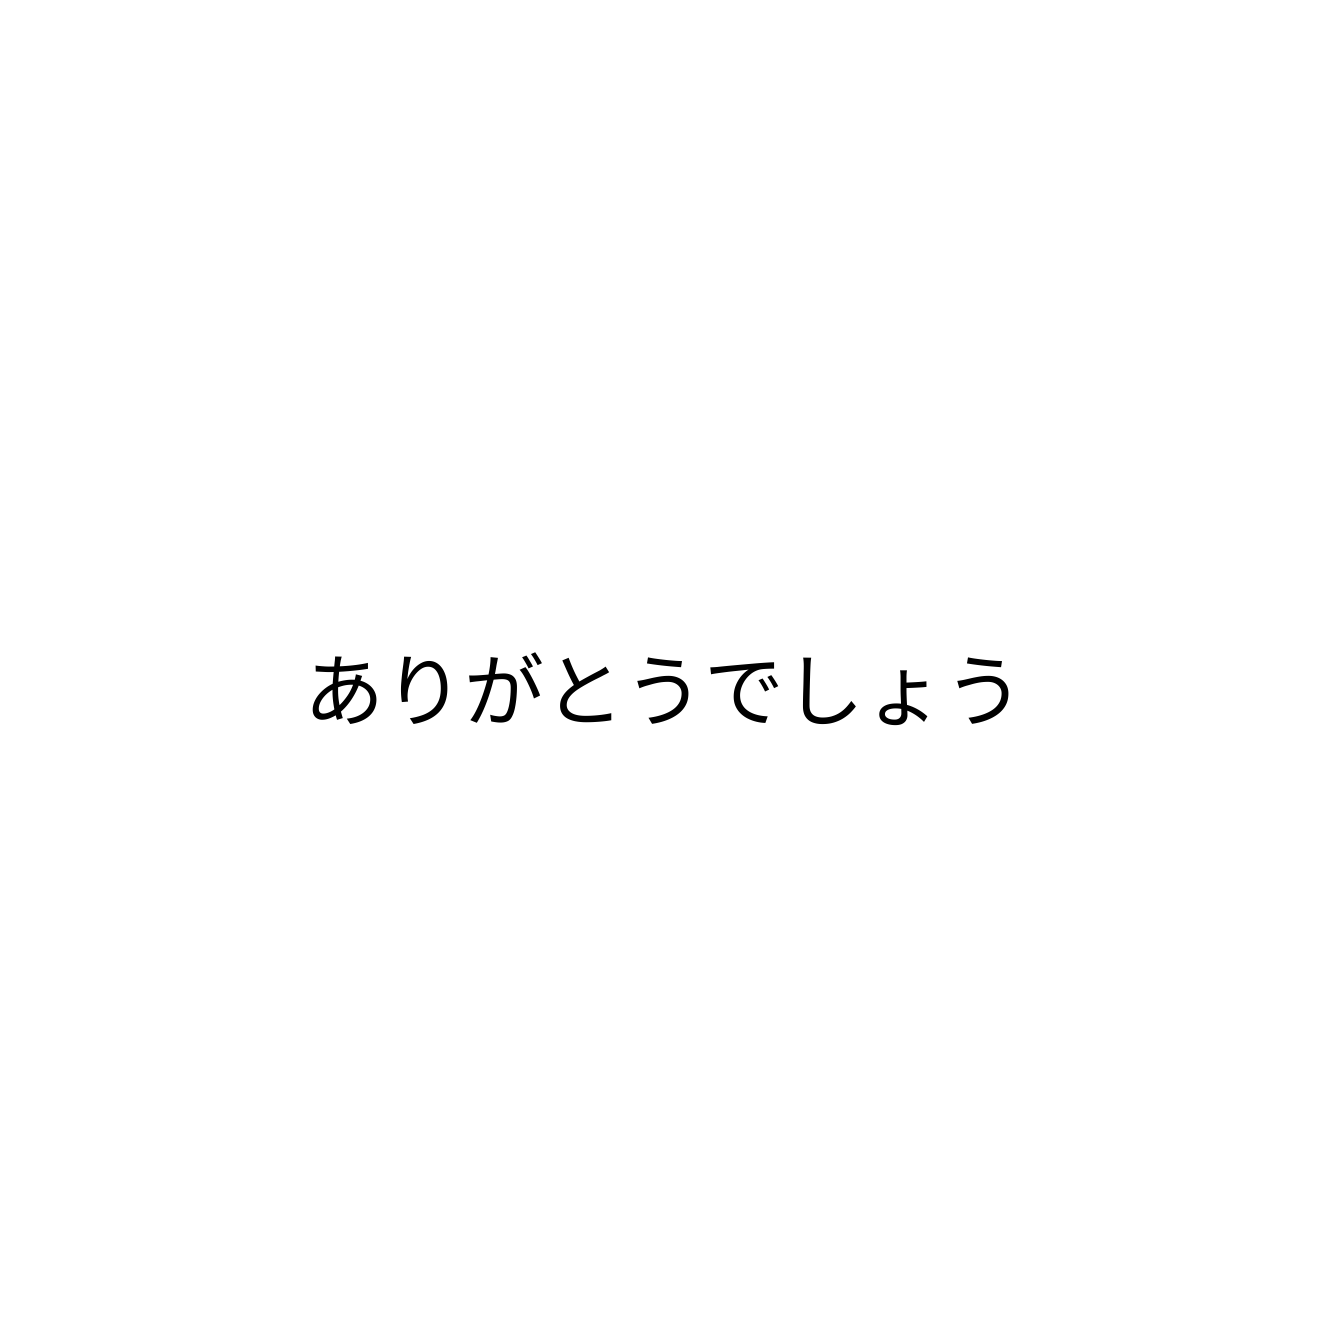
ありがとうでしょう